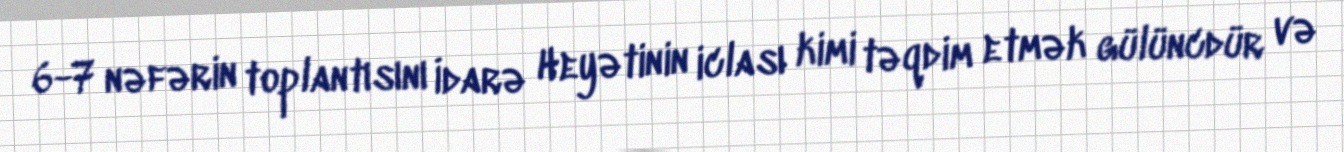
6-7 nəfərin toplantısını İdarə Heyətinin iclası kimi təqdim etmək gülüncdür və